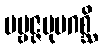
ပဗ္ဗဇ္ဇမုပဂစ္ဆိ